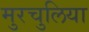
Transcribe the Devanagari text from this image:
मुरचुलिया